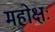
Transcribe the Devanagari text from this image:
महोक्षः